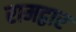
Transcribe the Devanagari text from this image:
रामद्वार